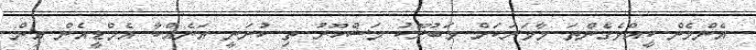
އެންމެން ކީއްވެގެންތަ މާވަރަކަށް މަބުރޫކު މަޝްހޫރު ތި ކުރަނީ އަނެއްކާ އެމްޑީއެން އިން